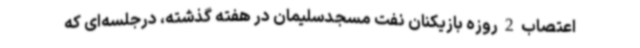
اعتصاب 2 روزه بازیکنان نفت مسجدسلیمان در هفته گذشته، درجلسه‌ای که